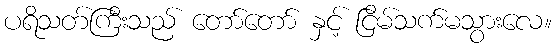
ပရိသတ်ကြီးသည် တော်တော် နှင့် ငြိမ်သက်မသွားလေ။